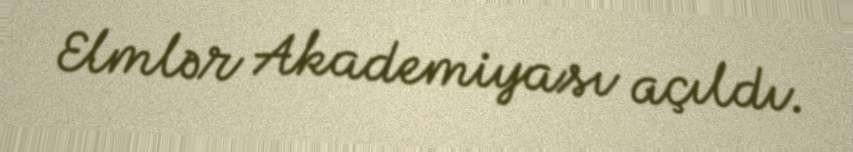
Elmlər Akademiyası açıldı.